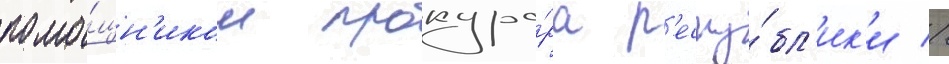
помо́щн'иком прокуро́ра р'еспу́бл'ик'и //